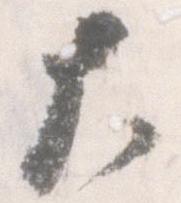
大